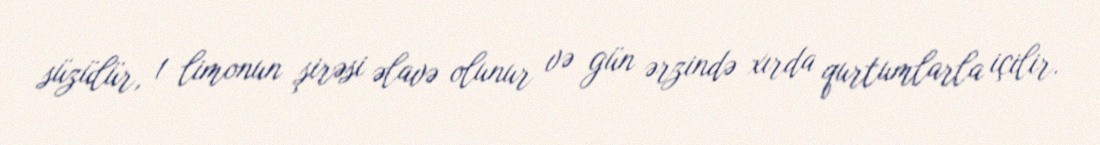
süzülür, 1 limonun şirəsi əlavə olunur və gün ərzində xırda qurtumlarla içilir.